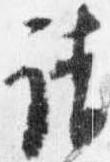
請